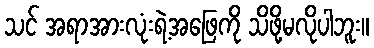
သင် အရာအားလုံးရဲ့အဖြေကို သိဖို့မလိုပါဘူး။